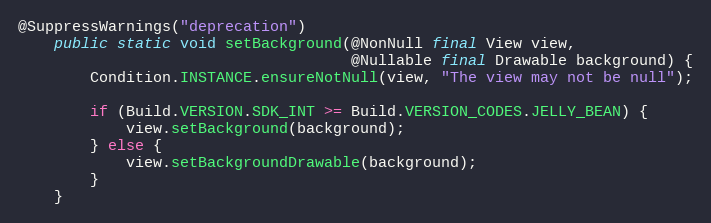
Language: Java
@SuppressWarnings("deprecation")
    public static void setBackground(@NonNull final View view,
                                     @Nullable final Drawable background) {
        Condition.INSTANCE.ensureNotNull(view, "The view may not be null");

        if (Build.VERSION.SDK_INT >= Build.VERSION_CODES.JELLY_BEAN) {
            view.setBackground(background);
        } else {
            view.setBackgroundDrawable(background);
        }
    }